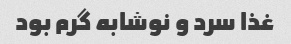
غذا سرد و‌ نوشابه گرم بود